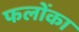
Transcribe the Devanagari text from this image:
फलोंका